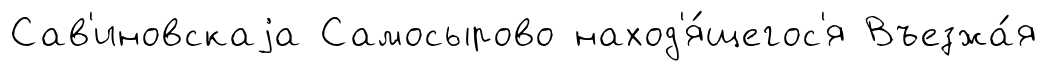
Сав'иновскаjа Самосырово наход'я́щегос'я Въезжа́я